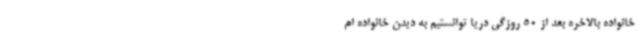
خانواده بالاخره بعد از 50 روزگی دریا توانستیم به دیدن خانواده ام